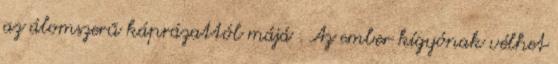
az álomszerű káprázattól májá . Az ember kígyónak vélhet